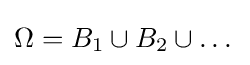
\Omega =B_{1}\cup B_{2}\cup \dots